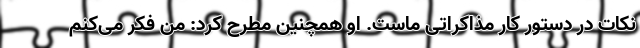
نکات در دستور کار مذاکراتی ماست. او همچنین مطرح کرد: من فکر می‌کنم